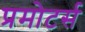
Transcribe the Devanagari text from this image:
प्रमोटर्स